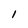
Character: l